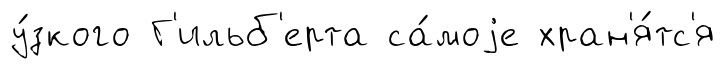
у́зкого Г'ильб'ерта са́моjе хран'я́тс'я